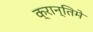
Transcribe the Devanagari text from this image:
क्रान्तिमे